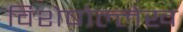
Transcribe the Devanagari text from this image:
विशेषोल्लेख